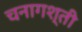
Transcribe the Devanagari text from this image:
चनागश्ती